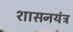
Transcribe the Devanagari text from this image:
शासनयंत्र